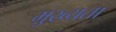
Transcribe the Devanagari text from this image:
मु़ख्यता